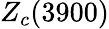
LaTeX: Z_{c}(3900)